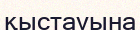
қыстауына